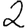
Digit: 2